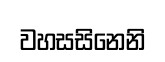
වහසසිනෙනි